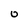
Character: 0